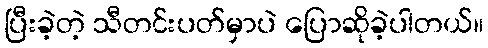
ပြီးခဲ့တဲ့ သီတင်းပတ်မှာပဲ ပြောဆိုခဲ့ပါတယ်။